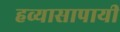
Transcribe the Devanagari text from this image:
हव्यासापायी